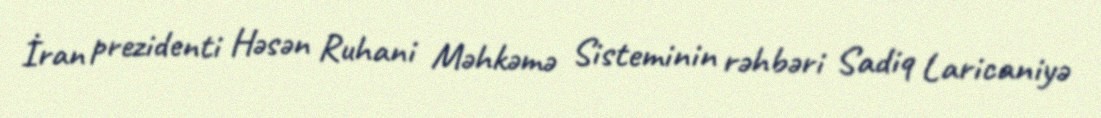
İran prezidenti Həsən Ruhani Məhkəmə Sisteminin rəhbəri Sadiq Laricaniyə